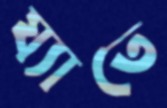
য্যাতে